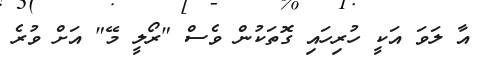
އާ ލަވަ އަކީ ހުރިހައި ގޮތަކުން ވެސް "ރޯލީ މޭ" އަށް ވުރެ